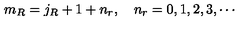
m _ { R } = j _ { R } + 1 + n _ { r } , \quad n _ { r } = 0 , 1 , 2 , 3 , \cdots